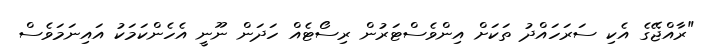
"ރާއްޖޭގެ އެކި ސަރަހައްދު ތަކަށް އިންވެސްޓަރުން ރިސޯޓެއް ހަދަން ނޫނީ އެހެންކަމަކު އައިނަމަވެސް